Calcutta medical institutions reports 1892-1900
Year: 1892
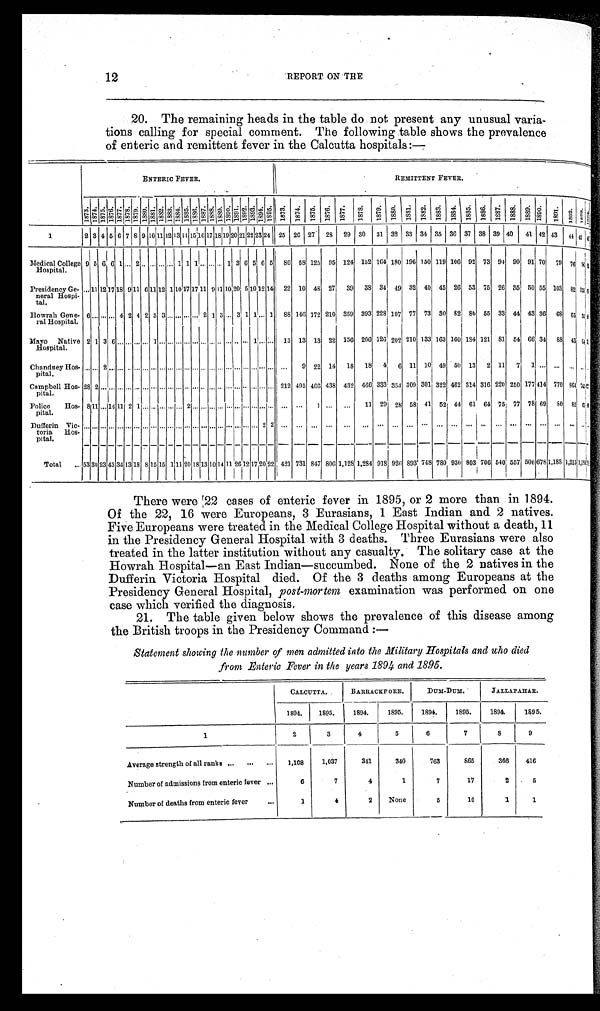
12
REPORT ON THE
20. The remaining heads in the table do not present any unusual varia-
tions calling for special comment. The following table shows the prevalence
of enteric and remittent fever in the Calc utta
hospital:—
ENTERIC FEVER.
REMITTENT FEVER.
1 8 7 6 . 1 8 7 7 .
1 8 7 8 . 1 8 7 9 . 1 8 8 0 . 1 8 8 1 1 8 8 2 . c 1 8 8 3 .
.
1 8 8 5 . 1 8 8 6 . c 1 8 8 7 . 1 8 8 . Fr i
c ' , . , . 8 8 9 . c 1 8 8 9 . . 1 8 9 0 . 1 8 9 1 . 1 8 9 2 .
1 8 9 3 . 1 8 9 4 5 . 1 8 9 5 .
1 8 7 3 . 1 8 7 4 . 4
j c4
1 8 7 5 . 1 8 7 6 .
1 8 7 7 1 8 7 8 . 1 8 7 9 .
1879. 1 8 8 0 .
. ,
1 8 8 2 . 1
1 8 8 3 . 1 8 8 4 . 1 8 8 5 .
- 1 8 8 6 . 1 8 8 7 . . 1 8 8 8 1 8 8 9 . 1 8 9 0 . ei c , 1 8 9 1 . 1 8 9 2 . 1 8 9 2 .
1 8 9 3 . 1 8 9 4 . ,
1
1213 4 5 61718 19110111 211311411516117118 19120 21 221231241 25 1 26 27' 28 29 31 32 133 34 35 36 37 1 38 39 140 41 42 43 44 4 , 5 y :
Medi cal Col l ege
Hospital. 9 5 6 6 1 2
1 1 1
1 3 6
5
56 5 86 58 125 9 5 124 152 164 180 196 150 119 106 92 73 94 90 91 70 79 7 6
Presi dency Ge-
neral Hospi -
tal.
11 1217 18 911 6 11 12 1 10 17 17, 11 9 11 10 20 510 12 14 22 10 48 27 39 38 34 49 32 40 45 26 53 75 26 35 50 55 103 8 2 1 5 5 '
Howrah Gene-
ral Hospi tal . 6
4 2 4 2 3 3
2 1 3 3 1 1 1 88 146 172 210 359 393 228 107 77 73 30 8 2 86 55 33 44 43 36 6 8 65 5 5 .
Mayo Nati ve
Hospital. 2 1 3 6
1
1 13 13 13 22 156 206 126' 202 210 133 163 160 184 121 S1 54 66 34 88 4 4 3 , t o, .
Chandney Hos-
pital.
2
1 9 22 14 18 18 4' 6 11 10 49 50 13 2 11 7 1
I
pital.
212 495 495 438 432 466 333! 354 309 301 322 462 314 316 220 250 177 414 770 S64 .
Pol i ce Hos-
pital.
8 11 14
11 29 28 58 41 52 44 61 64 75 77 78 69 8 0 85 CA
D u f f e r i n v i c - t o r i a
H o s -
pital.
Total 53 30 23 43 34 13 18 8 15 15 1 11 20 181 13 10 14 11 2612
1
17
1
20 22 421 731 847 806 1, 128 1, 284 918 928 93 748 780 930 803 I 706 540 557 506 678 1, 188 1, 2151, 141' 4!
7.
There were 22 cases of enteric fever in 1895, or 2 more than in 1894.
Of the 22, 16 were Europeans, 3 Eurasians, 1 East Indian and 2 natives.
Five Europeans were treated in the Medical College Hospital without a death, 11
in the Presidency General Hospital with 3 deaths. Three Eurasians were also
treated in the latter institution without any casualty. The solitary case at the
Howrah Hospital—an East Indian—succumbed. None of the 2 natives in the
Dufferin Victoria Hospital died. Of the 3 deaths among Europeans at the
Presidency General Hospital, post-mortem examination was performed on one
case which verified the diagnosis,
21. The table given below shows the prevalence of this disease among
the British troops in the Presidency Command :—
Statement showing the number of men admitted into the Military Hospitals and uho died
from _Enteric Fever in the years 1804. and 1895.
CALCUTTA.
1894. I 1895.
BARRA. CRP ORE. I
1894. 1895. 1
Duet-Dum.
1894, 1 1895.
JALLAPAI LSE.
1894. I 1895.
1
12 13 4
5 6 1 7 1 8 9
Average strength of all ranks
1, 108 1, 037 341 340 763 865 366 416
Number of admissions from enteric fever
6
7
4
1
7 17
2 5
Number of deaths from enteric fever . . . 1
4
2 None
5 10
1
1